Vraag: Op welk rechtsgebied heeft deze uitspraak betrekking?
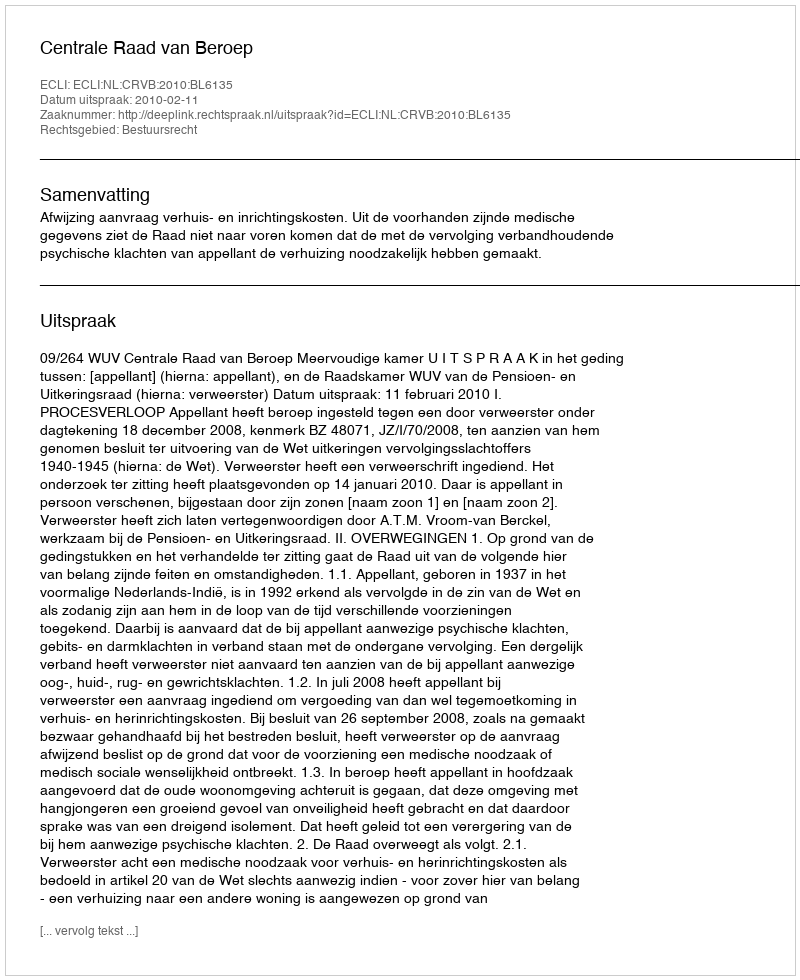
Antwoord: Bestuursrecht